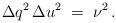
LaTeX: \begin{align*}{\Delta q}^2\, {\Delta u}^2 \; = \; \nu^{2} \, .\end{align*}